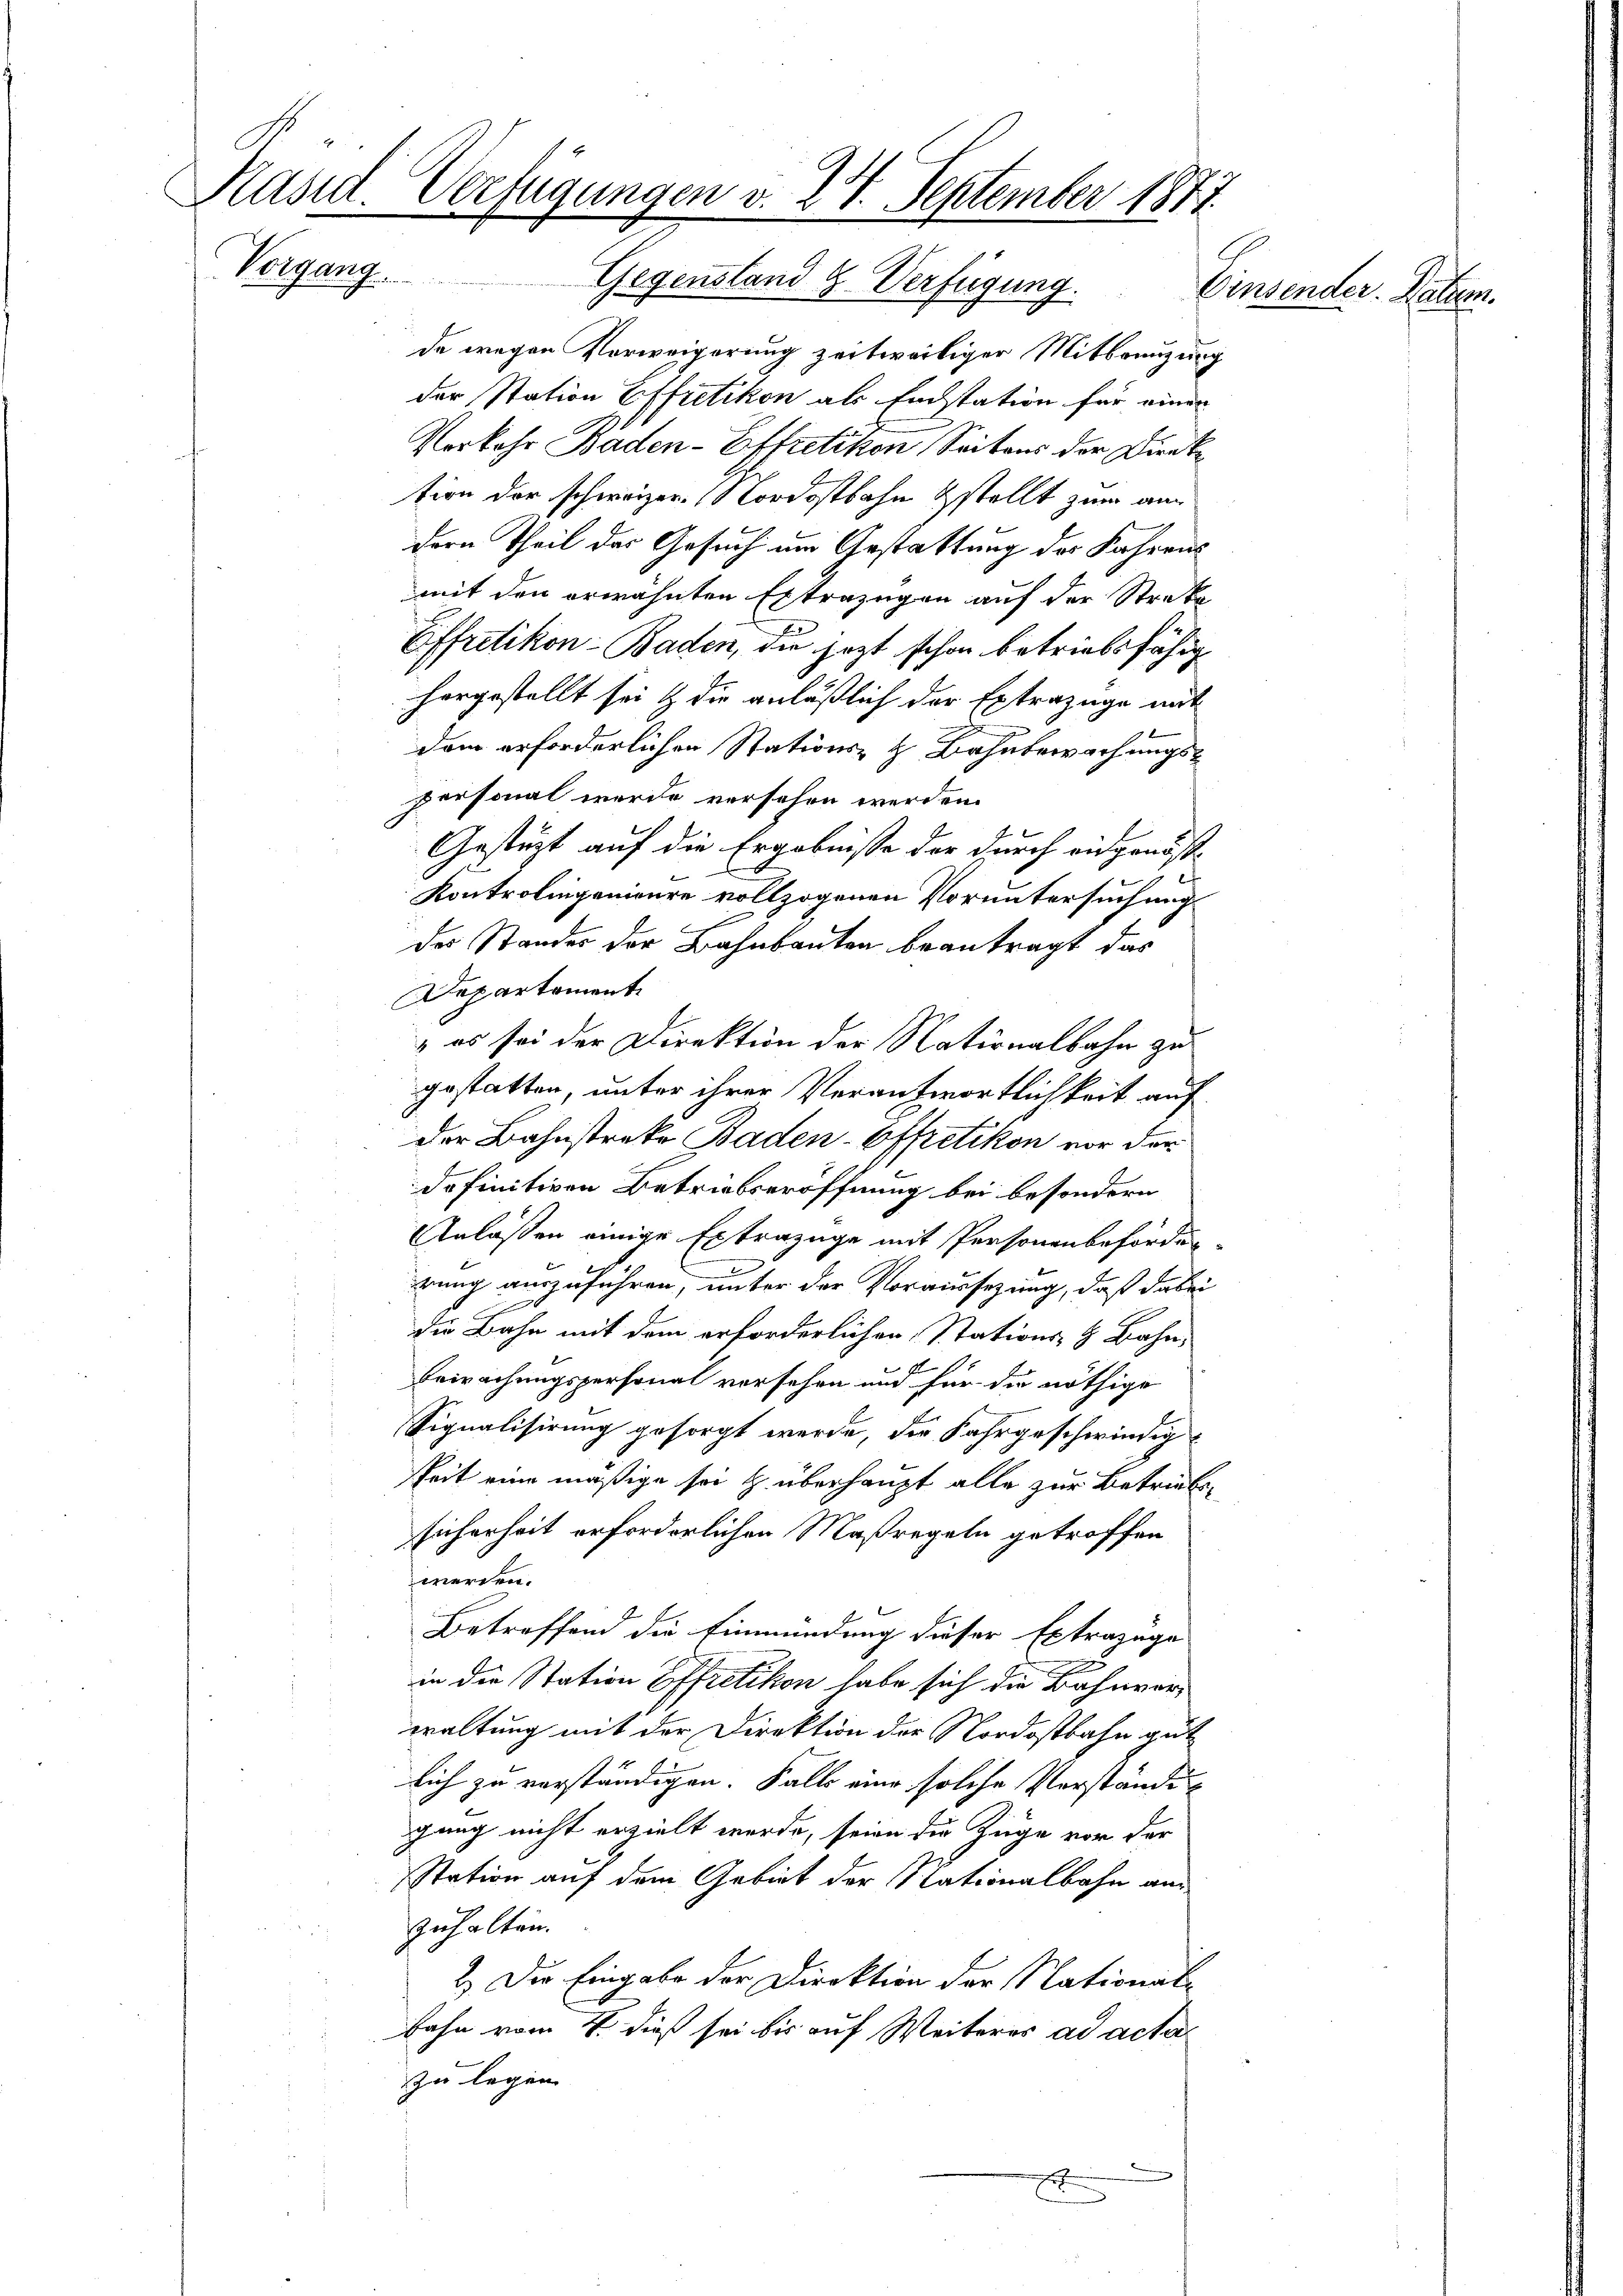
Kasid. Verfügungen v. 24. September 1871.
Vorgang.
Gegenstand H. Verfügung.
Einsender. Datum.

de wegen Verweigerung zeitweiliger Mitbreuzung
der Station Effretikon als Endstation für einer
Vorkehr Baden-Effretikon Seitens der Dircke
tion der schweizer. Nordostbahn stellt zum am
dern Theil des Gesuch um Gestattung der Fahrens
mit den erwähnten Extrazügen auf der Streke
Effretikon - Baden, die jezt schon betriebsfähig
horgestellt sei & die anläßlich der Extrazüge mit
dem erforderlichen Stations- & Bahnbewachungspersonal werde versehen werden.
Gestüzt auf die Ergebnisse der durch eidgenös¬
Kontrolingenieure vollzogenen Voruntersuchung
der Standes der Bahnbauten beantragt, das
Departement
 es sei der Direktion der Nationalbahn zu
gestatten, unter ihrer Verantwortlichkeit auf
der Bahnstreke Baden-Offretikon vor der
dofinitiven Betriebseröffnung bei besondern
Anläßen einige Extrazüge mit Personenbeförder-
rung auszuführen, unter der Voraussezung, daß dabei
die Bahn mit dem erforderlichen Stations- & Bahn-
b
Bewachungspersonal vorsehen und für die nöthige
Signalisirung gesorgt werde, die Fahrgeschwindig
keit eine mäßige sei u. überhaupt alle zur Betriebe
sicherheit erforderlichen Maßregeln getroffen
werden.
Betreffend die Einmündung dieser Extrazuge
in die Station Effretikon habe sich die Bahnverwaltung mit der Direktion der Nordostbahn gut
lich zu verständigen. Falle eine solche Verständi
gang nicht erzielt werde, seien die Züge vor der
Station auf dem Gebiet der Nationalbahn auszuhalten.
2.) Die Eingabe der Direktion der National-
bahn vom 4. dieß sei bis auf Weiteres ad acta
zu legen
E